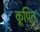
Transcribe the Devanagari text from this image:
कूपित